Civil Veterinary Dept. Assam report 1911-1927 - 1911-1927
Year: 1911
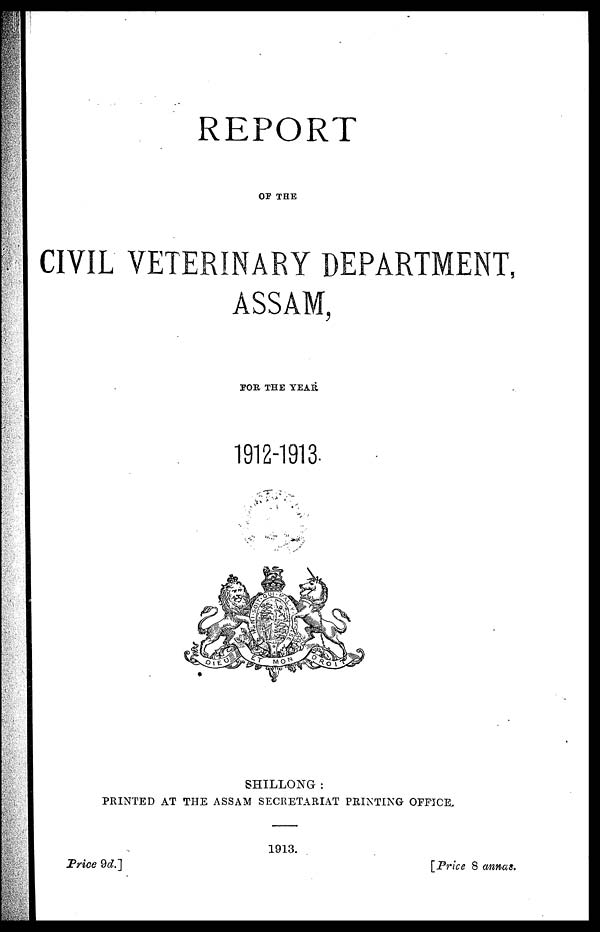
REPORT
OF THE
CIVIL VETERINARY DEPARTMENT,
ASSAM,
FOR, THE YEAR
1912-1913-
SHILLONG :
PRINTED AT THE ASSAM SECRETARIAT PRINTING OFFICE.
1913.
Price
9d]
[Price 8 annas.